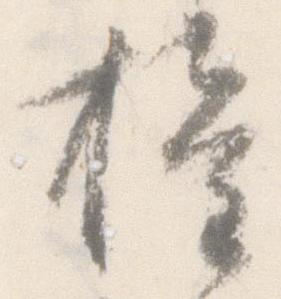
権